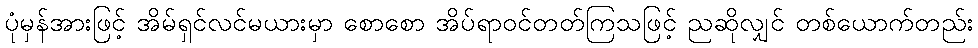
ပုံမှန်အားဖြင့် အိမ်ရှင်လင်မယားမှာ စောစော အိပ်ရာဝင်တတ်ကြသဖြင့် ညဆိုလျှင် တစ်ယောက်တည်း